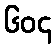
၆၀၄